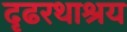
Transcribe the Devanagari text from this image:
दृढरथाश्रय